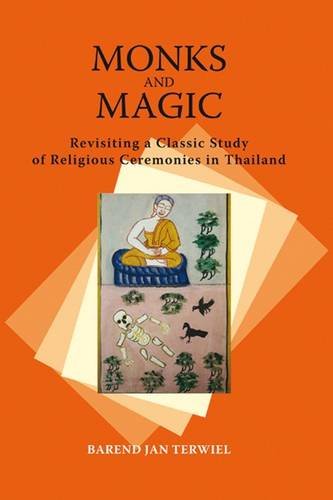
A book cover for Monks and Magic: Revisiting a Classic Study of Religious Ceremonies in Thailand (Nias Classics); Barend Jan Terwiel; Religion & Spirituality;